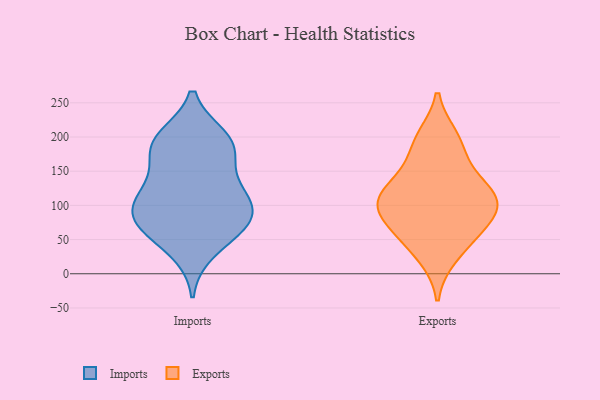
{"axis": {"x": "Waste Production (Tons)", "y": "Value"}, "legend": ["Exports", "Imports"], "data": [{"x": "", "y": 67, "type": "Imports"}, {"x": "", "y": 131, "type": "Imports"}, {"x": "", "y": 112, "type": "Imports"}, {"x": "", "y": 102, "type": "Imports"}, {"x": "", "y": 68, "type": "Imports"}, {"x": "", "y": 89, "type": "Imports"}, {"x": "", "y": 33, "type": "Imports"}, {"x": "", "y": 187, "type": "Imports"}, {"x": "", "y": 86, "type": "Imports"}, {"x": "", "y": 197, "type": "Imports"}, {"x": "", "y": 167, "type": "Imports"}, {"x": "", "y": 118, "type": "Imports"}, {"x": "", "y": 187, "type": "Imports"}, {"x": "", "y": 67, "type": "Imports"}, {"x": "", "y": 199, "type": "Imports"}, {"x": "", "y": 104, "type": "Exports"}, {"x": "", "y": 83, "type": "Exports"}, {"x": "", "y": 102, "type": "Exports"}, {"x": "", "y": 190, "type": "Exports"}, {"x": "", "y": 56, "type": "Exports"}, {"x": "", "y": 114, "type": "Exports"}, {"x": "", "y": 128, "type": "Exports"}, {"x": "", "y": 104, "type": "Exports"}, {"x": "", "y": 26, "type": "Exports"}, {"x": "", "y": 61, "type": "Exports"}, {"x": "", "y": 199, "type": "Exports"}, {"x": "", "y": 152, "type": "Exports"}]}